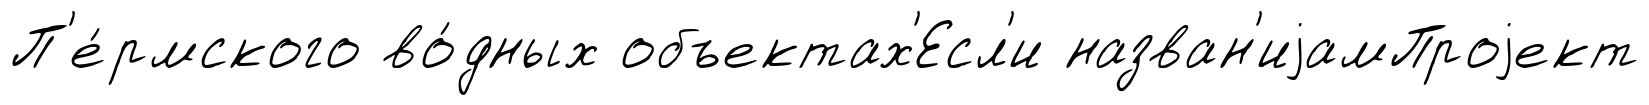
П'е́рмского во́дных объектах'Есл'и назван'иjамПроjект